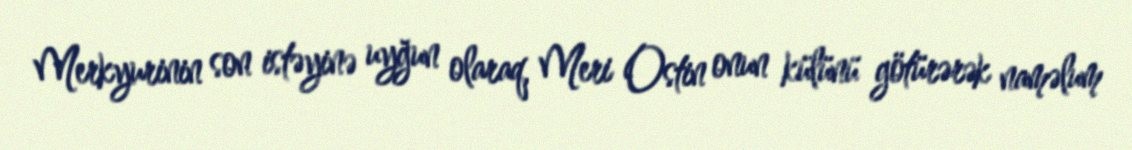
Merkyurinin son istəyinə uyğun olaraq, Meri Ostin onun külünü götürərək naməlum